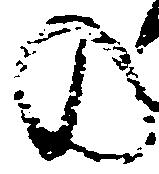
の